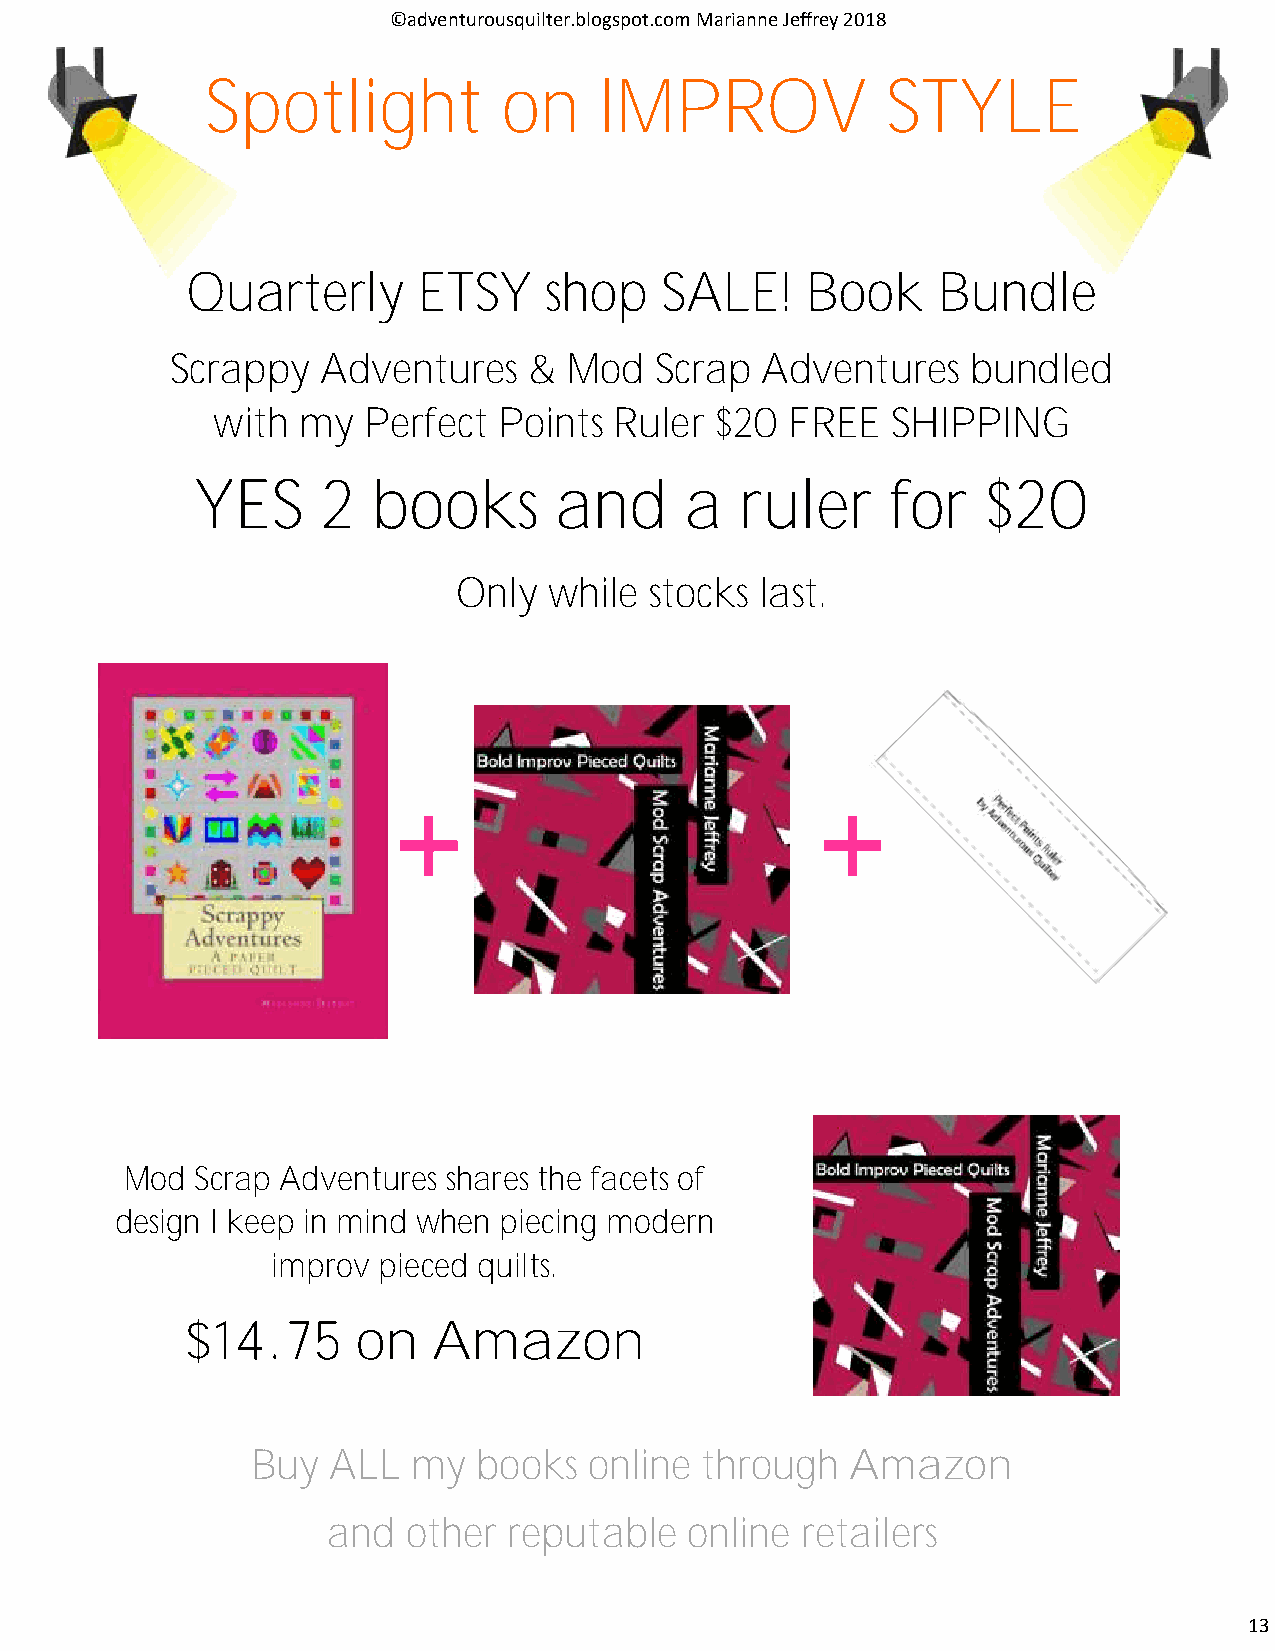
©adventurousquilter.blogspot.com Marianne Jeffrey 2018
 Spotlight          on     IMPROV             STYLE
 Quarterly       ETSY    shop    SALE!    Book     Bundle
 Scrappy   Adventures    &  Mod  Scrap  Adventures    bundled
 with  my  Perfect  Points  Ruler $20  FREE   SHIPPING
 YES     2   books       and     a   ruler     for   $20
 Only  while  stocks last.
 Mod  Scrap Adventures shares the facets of
 design I keep in mind when piecing modern
 improv pieced quilts.
 $14.75      on   Amazon
 Buy  ALL  my   books  online through   Amazon
 and  other  reputable   online retailers
 13